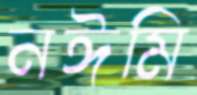
নঈমি